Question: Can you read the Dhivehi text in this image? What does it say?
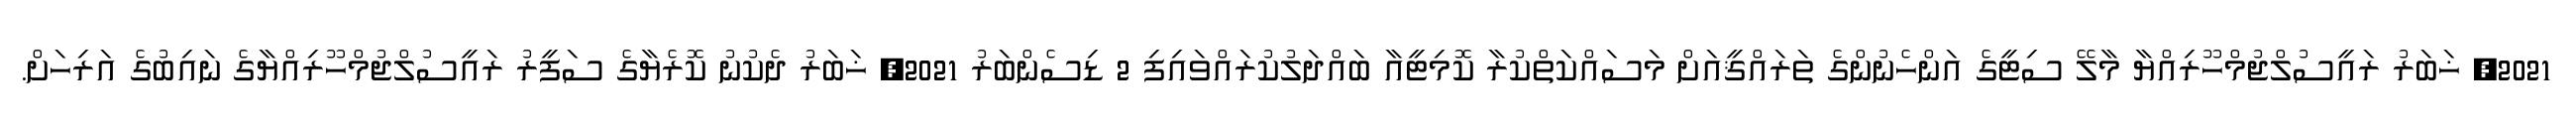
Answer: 2021, ޚަބަރު ރައީސުލްޖުމްހޫރިއްޔާ މާލޭ ސިޓީގެ އަންހެނުންގެ ތަރައްޤީއަށް މަސައްކަތްކުރާ ކޮމިޓީއާ ބައްދަލުކުރައްވައިފި 2 ޑިސެންބަރު 2021, ޚަބަރު ދެކުނު ކޮރެޔާގެ ސަފީރު ރައީސުލްޖުމްހޫރިއްޔާގެ ނައިބުގެ އަރިހަށް.